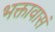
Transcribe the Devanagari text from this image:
भक्तावासं